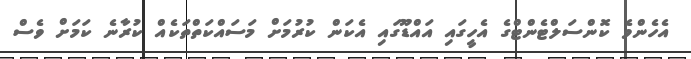
އެހެންވެ ކޮންސަލްޓެންޓްގެ އެހީގައި އައްޑޫގައި އެކަން ކުރުމަށް މަސައްކަތްތަކެއް ކުރާނެ ކަމަށް ވެސް